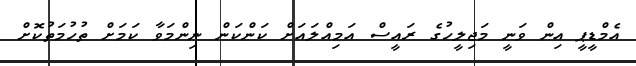
އެމްޑީޕީ އިން ވަނީ މަޖިލީހުގެ ރައީސް އަމިއްލައަށް ކަންކަން ނިންމަވާ ކަމަށް ތުހުމަތުކޮށް